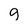
Character: g